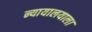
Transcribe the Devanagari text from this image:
न्यायालयाला